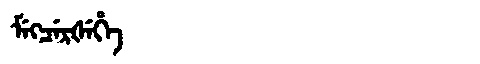
Manchu: ᠮᡝᡴᠴᡝᡵᡧᡝᡥᡝ
Romanization: MEKCERŠEHE